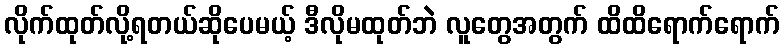
လိုက်ထုတ်လို့ရတယ်ဆိုပေမယ့် ဒီလိုမထုတ်ဘဲ လူတွေအတွက် ထိထိရောက်ရောက်